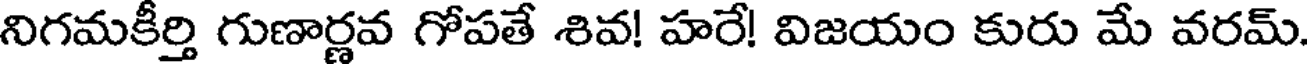
నిగమకీర్తి గుణార్ణవ గోపతే శివ! హరే! విజయం కురు మే వరమ్